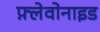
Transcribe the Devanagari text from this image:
फ़्लेवोनाइड